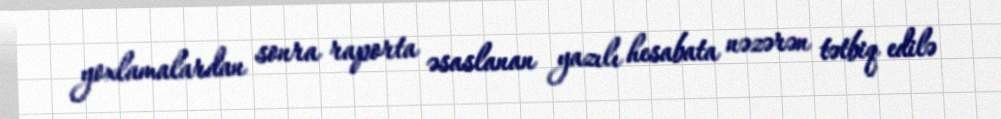
yoxlamalardan sonra raporta əsaslanan yazılı hesabata nəzərən tətbiq edilə